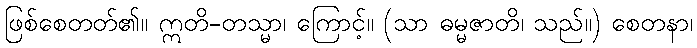
ဖြစ်စေတတ်၏။ ဣတိ-တသ္မာ၊ ကြောင့်။ (သာ ဓမ္မဇာတိ၊ သည်။) စေတနာ၊